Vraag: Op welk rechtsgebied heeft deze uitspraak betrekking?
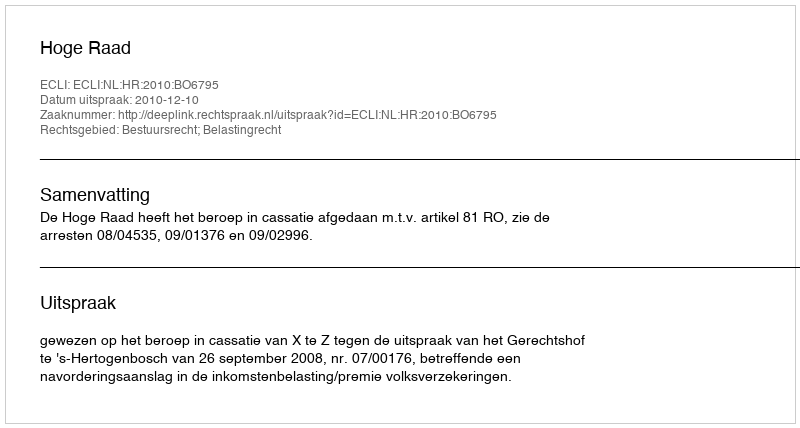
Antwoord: Bestuursrecht; Belastingrecht